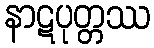
နာဋပုတ္တဿ